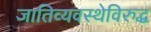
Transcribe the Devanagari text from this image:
जातिव्यवस्थेविरुद्ध